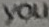
you